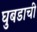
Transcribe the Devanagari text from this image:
घुबडाची